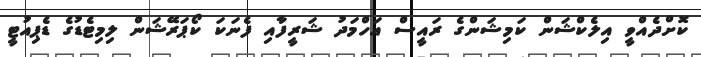
ކޮށްދެއްވީ އިލެކްޝަން ކަމިޝަންގެ ރައީސް އަހްމަދު ޝަރީފާއި ފެނަކަ ކޯޕަރޭޝަން ލިމިޓެޑުގެ ޑެޕިއުޓީ